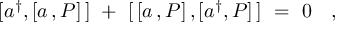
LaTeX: [ a ^ { \dagger } , [ a \, , P ] \, ] \ + \ [ \, [ a \, , P ] \, , [ a ^ { \dagger } , P ] \, ] \ = \ 0 \quad ,